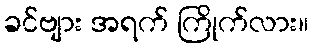
ခင်ဗျား အရက် ကြိုက်လား။